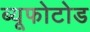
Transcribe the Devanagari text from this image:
ब्यूफोटोड